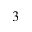
^ 3